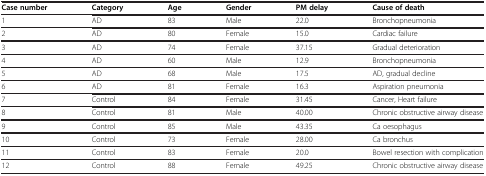
| Case number | Category | Age | Gender | PM delay | Cause of death |
 | --- | --- | --- | --- | --- | --- |
 | 1 | AD | 83 | Male | 22.0 | Bronchopneumonia |
 | 2 | AD | 80 | Female | 15.0 | Cardiac failure |
 | 3 | AD | 74 | Female | 37.15 | Gradual deterioration |
 | 4 | AD | 60 | Male | 12.9 | Bronchopneumonia |
 | 5 | AD | 68 | Male | 17.5 | AD, gradual decline |
 | 6 | AD | 81 | Female | 16.3 | Aspiration pneumonia |
 | 7 | Control | 84 | Female | 31.45 | Cancer, Heart failure |
 | 8 | Control | 81 | Male | 40.00 | Chronic obstructive airway disease |
 | 9 | Control | 85 | Male | 43.35 | Ca oesophagus |
 | 10 | Control | 73 | Female | 28.00 | Ca bronchus |
 | 11 | Control | 83 | Female | 20.0 | Bowel resection with complication |
 | 12 | Control | 88 | Female | 49.25 | Chronic obstructive airway disease |